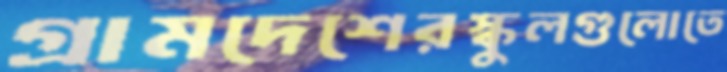
গ্রামদেশেরস্কুলগুলোতে